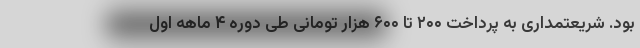
بود. شریعتمداری به پرداخت ۲۰۰ تا ۶۰۰ هزار تومانی طی دوره ۴ ماهه اول